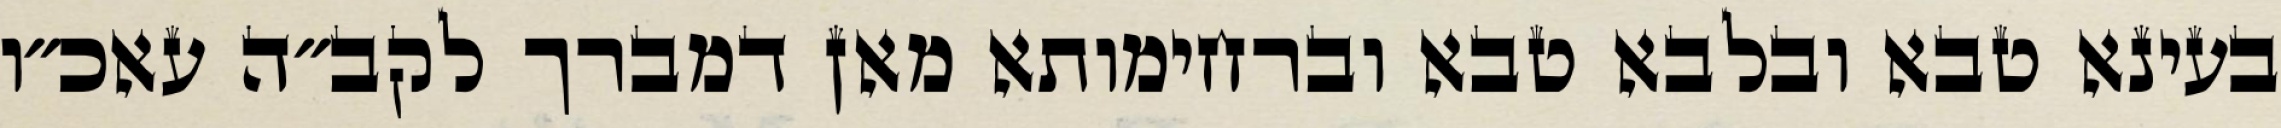
בעינא טבא ובלבא טבא וברחימותא מאן דמברך לקב״ה עאכ״ו